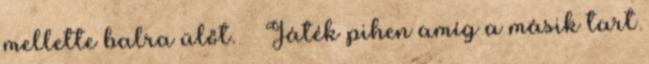
mellette balra ülőt. Játék pihen amíg a másik tart